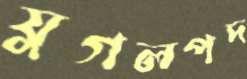
যুগলপদ